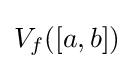
V_{f}([a,b])